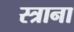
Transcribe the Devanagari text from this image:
स्त्राना